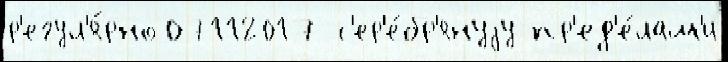
р'егул'я́рно 07112017 с'ер'е́бр'януjу пр'ед'е́лам'и